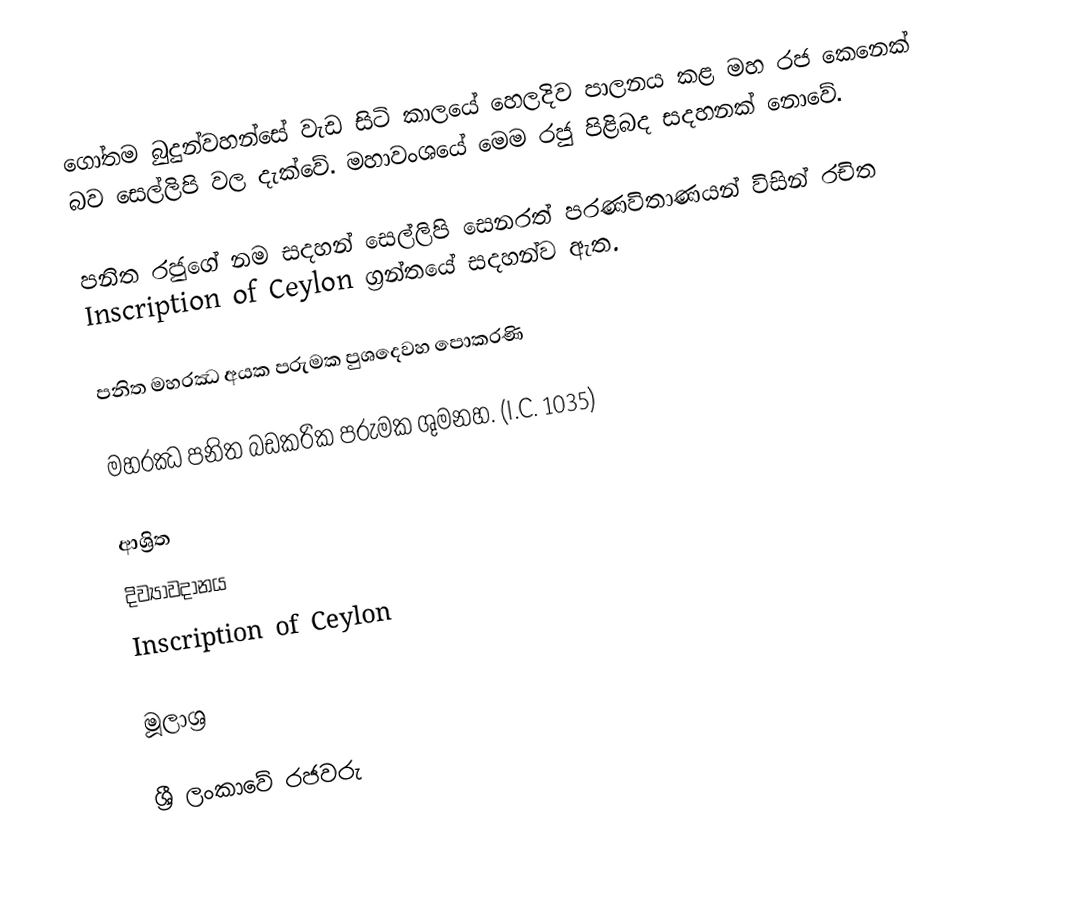
ගෝතම බුදුන්වහන්සේ වැඩ සිටි කාලයේ හෙලදිව පාලනය කළ මහ රජ කෙනෙක් බව සෙල්ලිපි වල දැක්වේ. මහාවංශයේ මෙම රජු පිළිබද සදහනක් නොවේ.

පනිත රජුගේ නම සදහන් සෙල්ලිපි සෙනරත් පරණවිතාණයන් විසින් රචිත Inscription of Ceylon ග්‍රන්තයේ සදහන්ව ඇත.

පනිත මහරඣ අයක පරුමක පුශදෙවහ පොකරණි

මහරඣ පනිත බඩකරික පරුමක ශුමනහ. (I.C. 1035)

ආශ්‍රිත
 දිව්‍යාවද‌ානය
Inscription of Ceylon

මූලාශ්‍ර

ශ්‍රී ලංකාවේ රජවරු